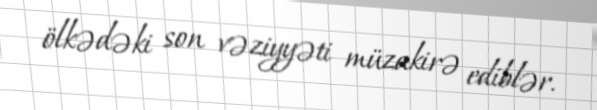
ölkədəki son vəziyyəti müzakirə ediblər.